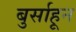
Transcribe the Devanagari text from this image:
बुर्साहून